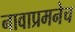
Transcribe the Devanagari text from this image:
नावाप्रमनेच